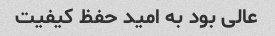
عالی بود به امید حفظ کیفیت